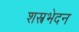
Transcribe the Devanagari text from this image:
शस्त्रभेदन